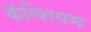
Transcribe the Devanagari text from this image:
कॅॅल्शियम